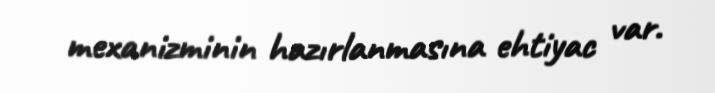
mexanizminin hazırlanmasına ehtiyac var.